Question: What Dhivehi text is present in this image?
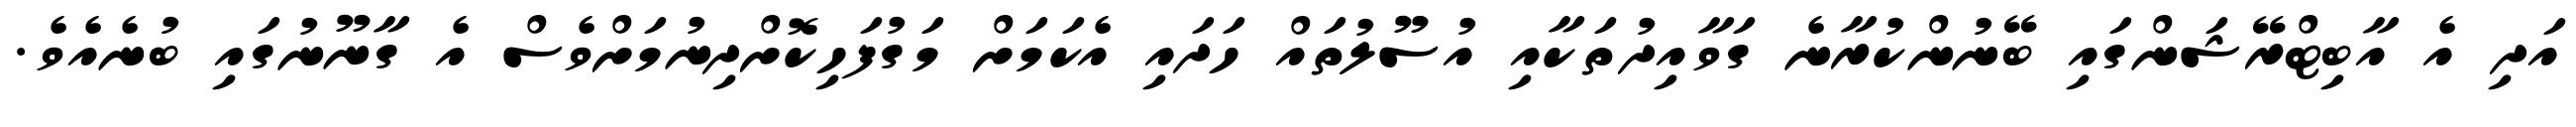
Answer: އަދި އެ އާބިޓްރޭޝަންގައި ބޭނުންކުރާނެ ގަވާއިދުތަކާއި އުސޫލުތައް ހަދައި އެކަމަށް މަގުފަހިކޮށްދިނުމަށްވެސް އެ ގާނޫނުގައި ބުނެއެވެ.